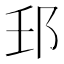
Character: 𨙼